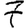
Digit: 7